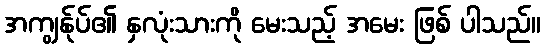
အကျွန်ုပ်၏ နှလုံးသားကို မေးသည့် အမေး ဖြစ် ပါသည်။